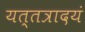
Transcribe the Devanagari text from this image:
यत्तत्रादयं